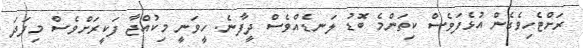
ރަށްޓެހިވެގެން އުޅެފަވެސް ކިތަންމެ ބޮޑު ލަނޑެއްވެސް ދީފާނެ. ހީވަނީ މިކުއްޖާ ފަކީރަށްވެސް މިފަދަ